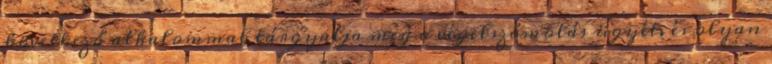
következő alkalommal tárgyalja meg a végelszámolás ügyét, és olyan